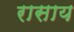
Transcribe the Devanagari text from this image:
रासाय